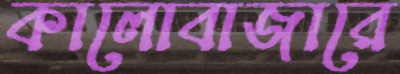
কালোবাজারে